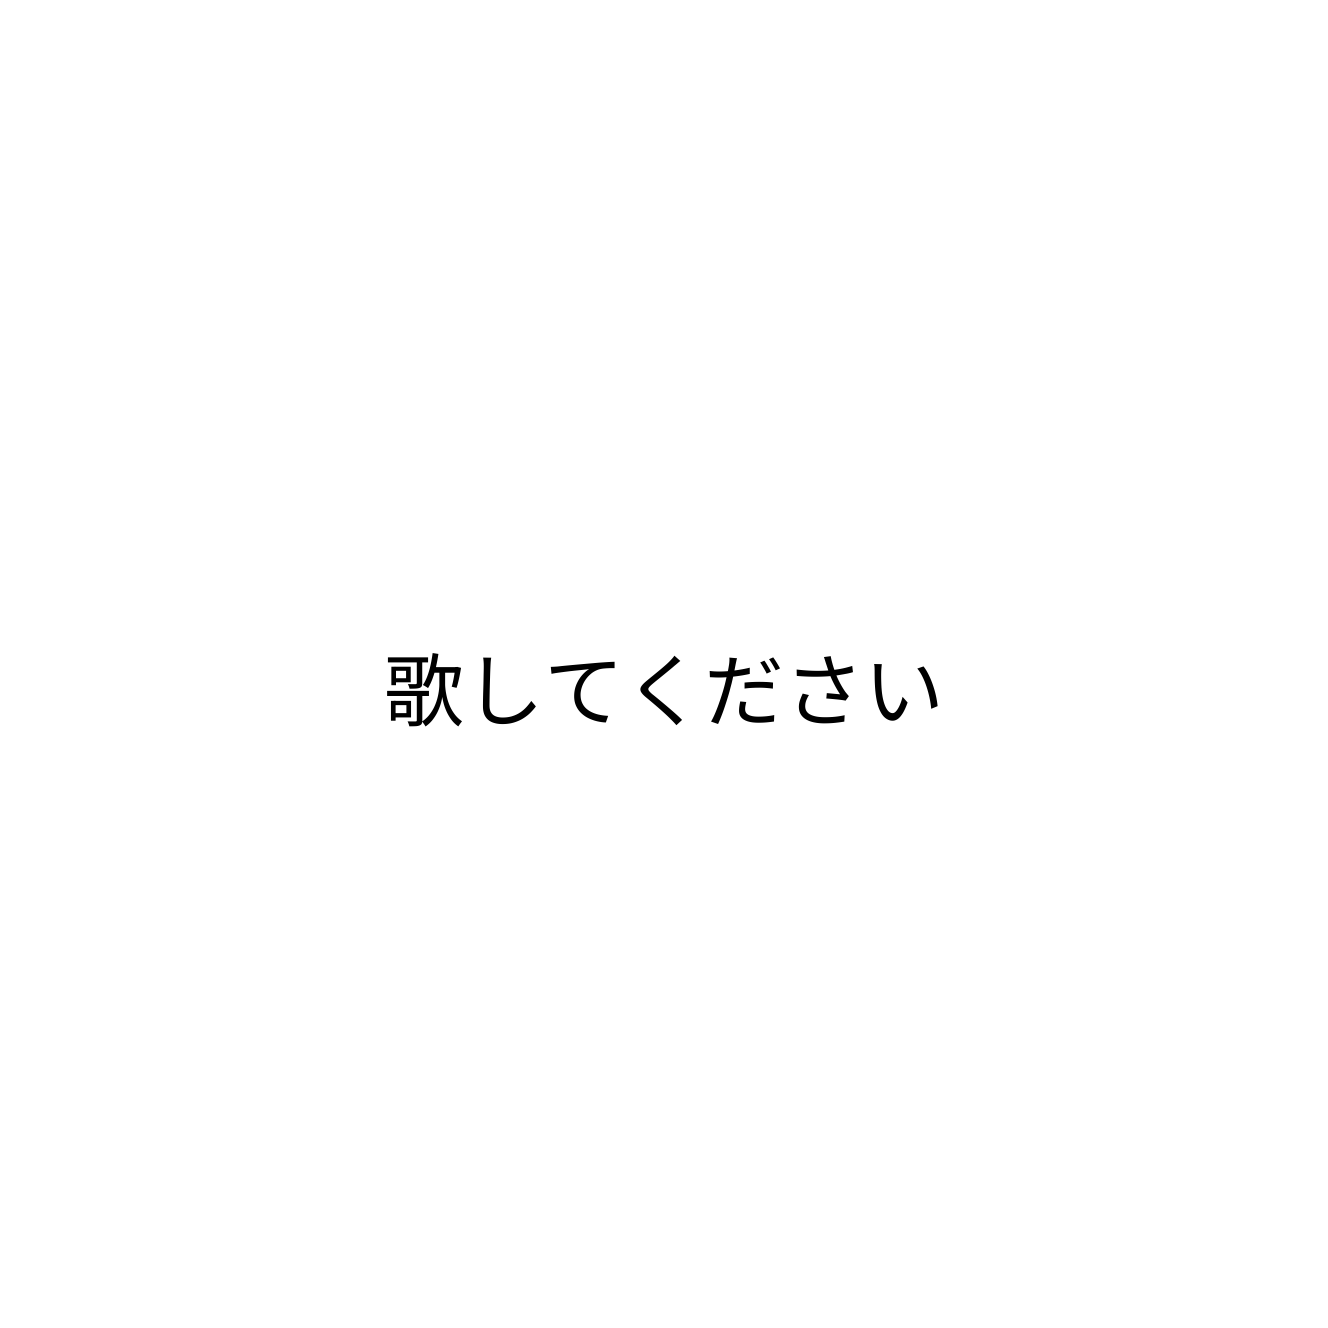
歌してください